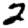
Digit: 2